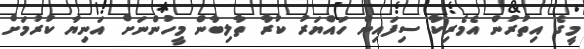
މީގެ އިތުރުން އެމެރިކާ ސިފައިން ހައްޔަރު ކުރާ ތާލިބާން މީހުންނަށް އަނިޔާ ކުރުމަށް